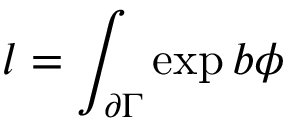
l = \int _ { \partial \Gamma } \exp b \phi